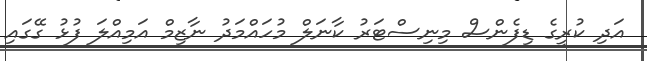
އަދި ކުރީގެ ޑިފެންސް މިނިސްޓަރު ކާނަލް މުހައްމަދު ނާޒިމް އަމިއްލަ ފުޅު ގޭގައި